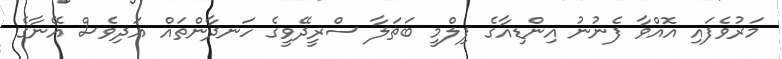
މަރުވެފައި އޮއްވާ ފެނުނު އިންޑިއާގެ ފިލްމީ ބަތަލާ ސްރީދޭވީގެ ހަނދާންތައް އަދިވެސް އޭނާގެ